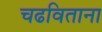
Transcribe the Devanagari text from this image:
चढविताना